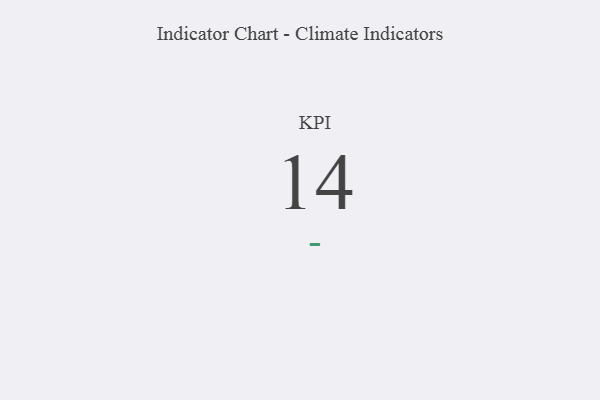
{"axis": {"x": "KPI", "y": "Value"}, "legend": [""], "data": [{"x": "KPI", "y": 14, "type": ""}]}